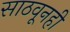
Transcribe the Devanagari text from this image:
साठवूनही